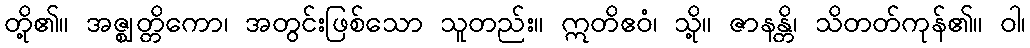
တို့၏။ အဇ္ဈတ္တိကော၊ အတွင်းဖြစ်သော သူတည်း။ ဣတိဧဝံ၊ သို့။ ဇာနန္တိ၊ သိတတ်ကုန်၏။ ဝါ၊